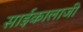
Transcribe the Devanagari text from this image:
साईकालाजी